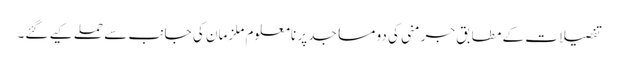
تفصیلات کے مطابق جرمنی کی دو مساجد پر نامعلوم ملزمان کی جانب سے حملے کیے گئے۔